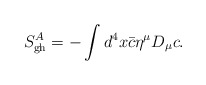
\begin{align*}S^A_{\rm gh}=-\int d^4x{\bar c}\eta^\mu D_\mu c.\end{align*}